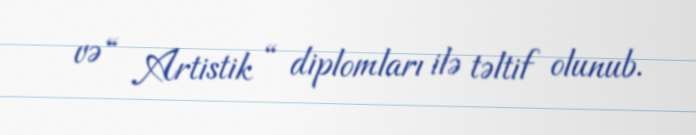
və “ Artistik “ diplomları ilə təltif olunub.